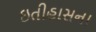
ઇતીહાસના